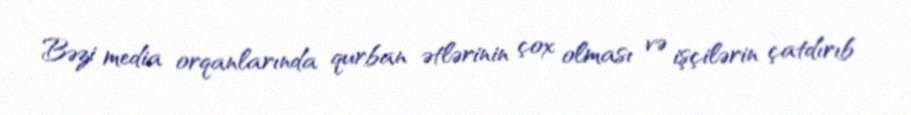
Bəzi media orqanlarında qurban ətlərinin çox olması və işçilərin çatdırıb